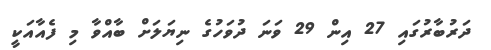
ދަރުބާރުގައި 27 އިން 29 ވަނަ ދުވަހުގެ ނިޔަލަށް ބާއްވާ މި ފެއާއަކީ